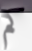
كم